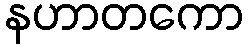
နဟာတကော